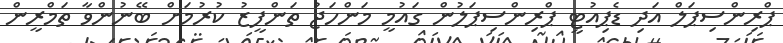
ޕްރިންސިޕަލް އަދި ޑެޕިއުޓީ ޕްރިންސިޕަލުން ގައުމީ މަންހަޖު ތަންފީޒު ކުރުމަށް ބޭނުންވާ ތަމްރީން